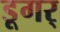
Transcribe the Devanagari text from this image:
डूगर्